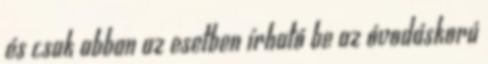
és csak abban az esetben írható be az óvodáskorú